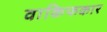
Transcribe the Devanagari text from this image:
वाकिफकार